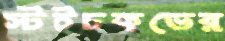
স্টইচকভের